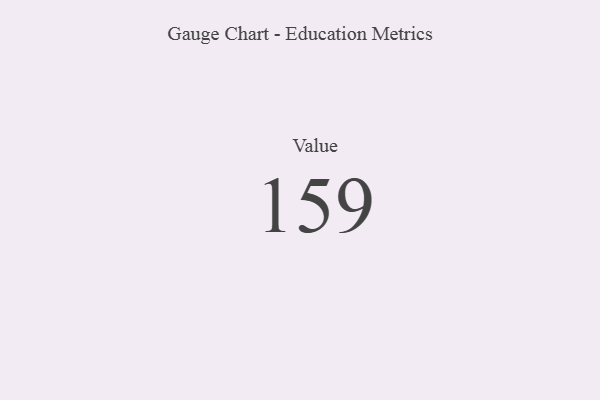
{"axis": {"x": "Metric", "y": "Value"}, "legend": [""], "data": [{"x": "Value", "y": 159, "type": ""}]}